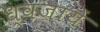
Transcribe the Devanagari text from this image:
ध्वजायें